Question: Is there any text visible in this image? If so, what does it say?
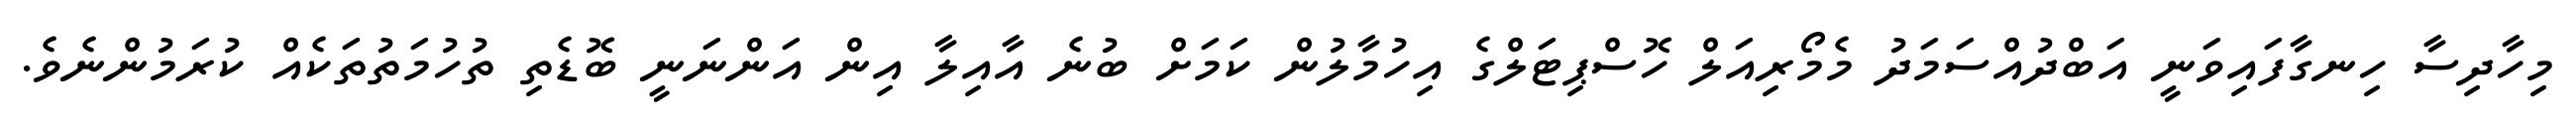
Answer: މިހާދިސާ ހިނގާފައިވަނީ އަބްދުއްސަމަދު މެމޯރިއަލް ހޮސްޕިޓަލްގެ އިހުމާލުން ކަމަށް ބުނެ އާއިލާ އިން އަންނަނީ ބޮޑެތި ތުހުމަތުތަކެއް ކުރަމުންނެވެ.